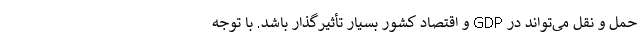
حمل و نقل می‌تواند در GDP و اقتصاد کشور بسیار تأثیرگذار باشد. با توجه